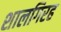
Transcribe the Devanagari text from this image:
शालगिरह